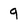
Character: q